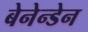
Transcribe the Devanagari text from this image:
बेनेन्डेन